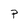
Character: P